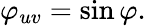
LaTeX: \varphi_{uv}=\sin\varphi.